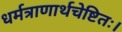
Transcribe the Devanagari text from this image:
धर्मत्राणार्थचेष्टितः।